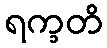
ရက္ခတိ